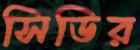
সিডির